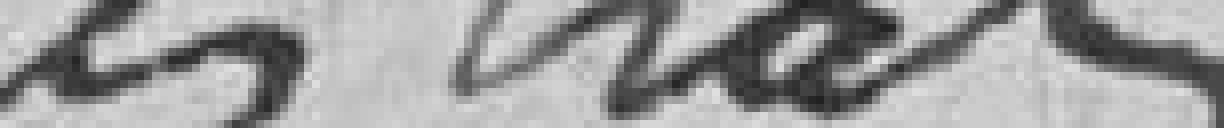
istrats